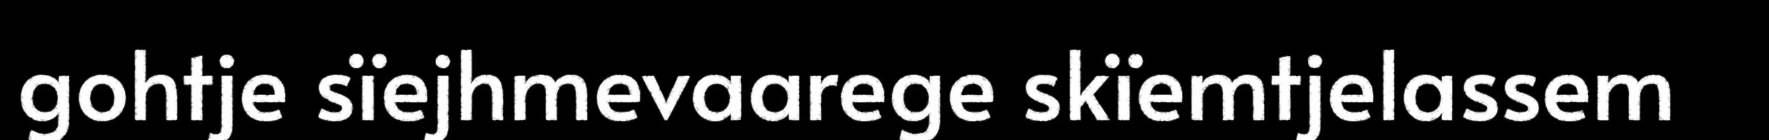
gohtje sïejhmevaarege skïemtjelassem